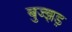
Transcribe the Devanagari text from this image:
बुज्झड़